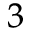
_ { 3 }